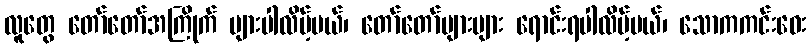
လူတွေ တော်တော်အကြိုက် များပါလိမ့်မယ်၊ တော်တော်များများ ရောင်းရပါလိမ့်မယ်၊ သောကကင်းဝေး